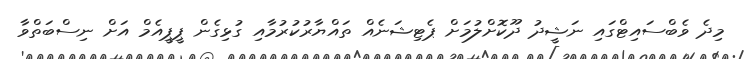
މިދެ ވެބްސައިޓްގައި ނަޝީދު ދޫކޮށްލުމަށް ޕެޓިޝަނެއް ތައްޔާރުކުރުމާއި ގުޅިގެން ޕީޕީއެމް އަށް ނިސްބަތްވާ